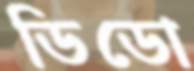
ডিডো